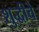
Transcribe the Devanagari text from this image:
शुद्धीचे